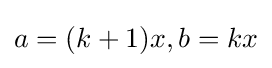
a=(k+1)x,b=kx